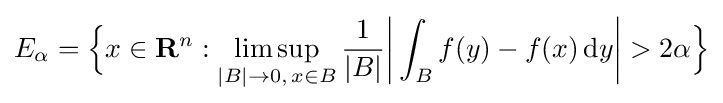
E_{\alpha }={\Bigl \{}x\in \mathbf {R} ^{n}:\limsup _{|B|\rightarrow 0,\,x\in B}{\frac {1}{|B|}}{\bigg |}\int _{B}f(y)-f(x)\,\mathrm {d} y{\bigg |}>2\alpha {\Bigr \}}